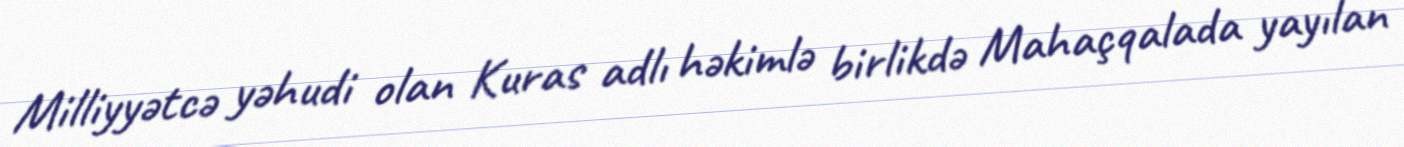
Milliyyətcə yəhudi olan Kuras adlı həkimlə birlikdə Mahaçqalada yayılan